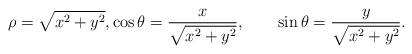
LaTeX: \begin{align*}\rho=\sqrt{x^2+y^2},\cos\theta=\frac{x}{\sqrt{x^2+y^2}},\qquad\sin\theta=\frac{y}{\sqrt{x^2+y^2}}.\end{align*}